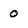
Character: 0